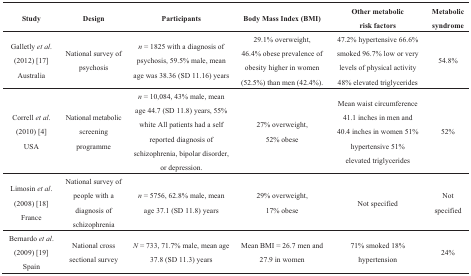
| Study | Design | Participants | Body Mass Index (BMI) | Other metabolic risk factors | Metabolic syndrome |
 | --- | --- | --- | --- | --- | --- |
 | Galletly et al. (2012) [17] Australia | National survey of psychosis | n = 1825 with a diagnosis of psychosis, 59.5% male, mean age was 38.36 (SD 11.16) years | 29.1% overweight, 46.4% obese prevalence of obesity higher in women (52.5%) than men (42.4%). | 47.2% hypertensive 66.6% smoked 96.7% low or very levels of physical activity 48% elevated triglycerides | 54.8% |
 | Correll et al. (2010) [4] USA | National metabolic screening programme | n = 10,084, 43% male, mean age 44.7 (SD 11.8) years, 55% white All patients had a self reported diagnosis of schizophrenia, bipolar disorder, or depression. | 27% overweight, 52% obese | Mean waist circumference 41.1 inches in men and 40.4 inches in women 51% hypertensive 51% elevated triglycerides | 52% |
 | Limosin et al. (2008) [18] France | National survey of people with a diagnosis of schizophrenia | n = 5756, 62.8% male, mean age 37.1 (SD 11.8) years | 29% overweight, 17% obese | Not specified | Not specified |
 | Bernardo et al. (2009) [19] Spain | National cross sectional survey | N = 733, 71.7% male, mean age 37.8 (SD 11.3) years | Mean BMI = 26.7 men and 27.9 in women | 71% smoked 18% hypertension | 24% |